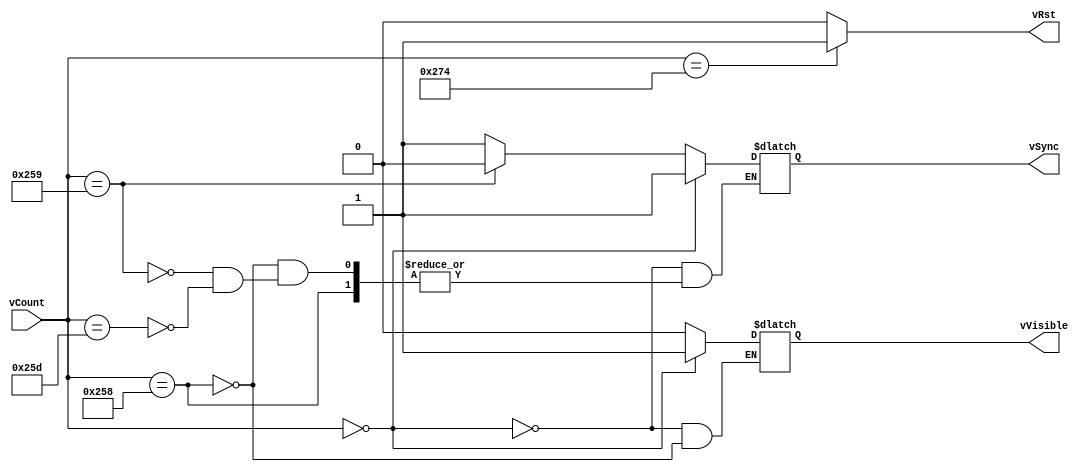
module vSyncGen (
        input [9:0] vCount,
        output reg vVisible,
        output reg vSync,
        output vRst
);

        assign vRst = (vCount == 628) ? 1'b1 : 1'b0;

        always @ (vCount)
        begin
                if(vCount == 0)
                begin
                        vVisible <= 1'b1;
                        vSync <= 1'b1;
                end
                
                else if(vCount == 600)
                        vVisible <= 1'b0;
                
                else if(vCount == 601)
                        vSync <= 1'b0;
                
                else if(vCount == 605)
                        vSync <= 1'b1;
                
        end

endmodule